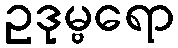
ဥဒုမ္ဗရော